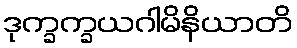
ဒုက္ခက္ခယဂါမိနိယာတိ